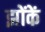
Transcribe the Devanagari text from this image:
झोंकें